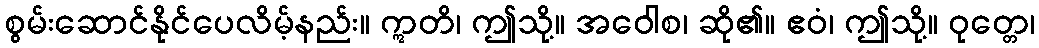
စွမ်းဆောင်နိုင်ပေလိမ့်နည်း။ ဣတိ၊ ဤသို့။ အဝေါစ၊ ဆို၏။ ဧဝံ၊ ဤသို့။ ဝုတ္တေ၊